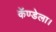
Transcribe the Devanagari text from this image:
कॅण्डेला।